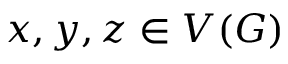
x , y , z \in V ( G )